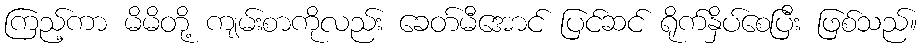
ကြည့်ကာ မိမိတို့ ကျမ်းစာကိုလည်း ခေတ်မီအောင် ပြင်ဆင် ရိုက်နှိပ်စေပြီး ဖြစ်သည်။